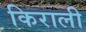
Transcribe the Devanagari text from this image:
किराली